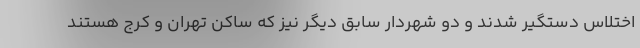
اختلاس دستگیر شدند و دو شهردار سابق دیگر نیز که ساکن تهران و کرج هستند